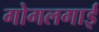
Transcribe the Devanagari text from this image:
गोगलगाई